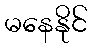
မနေနိုင်